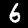
Digit: 6